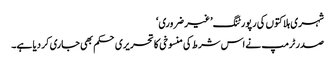
شہری ہلاکتوں کی رپورٹنگ ’غیر ضروری‘
صدر ٹرمپ نے اس شرط کی منسوخی کا تحریری حکم بھی جاری کر دیا ہے۔